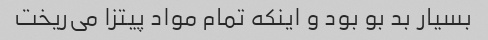
بسیار بد بو بود و اینکه تمام مواد پیتزا می‌ریخت